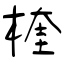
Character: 楏